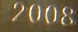
2008